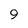
Character: 9